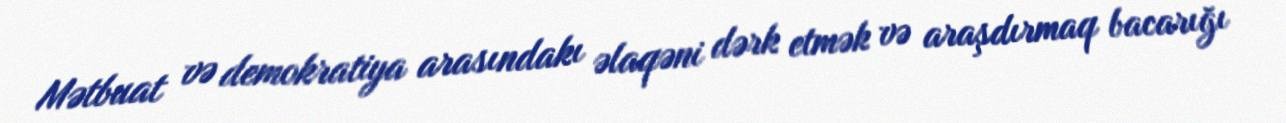
Mətbuat və demokratiya arasındakı əlaqəni dərk etmək və araşdırmaq bacarığı